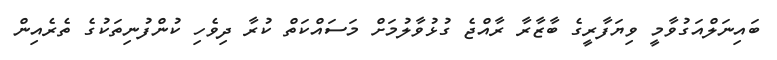
ބައިނަލްއަގުވާމީ ވިޔަފާރީގެ ބާޒާރާ ރާއްޖެ ގުޅުވާލުމަށް މަސައްކަތް ކުރާ ދިވެހި ކުންފުނިތަކުގެ ތެރެއިން